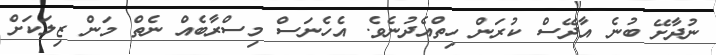
ނުދާށޭ ބުނެ އާދޭސް ކުރަން ހިތްއެދުނެވެ. އެހެނަސް މިސްރާބެއް ނެތް މަން ޒިލަކަށް